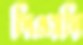
পিএসপি